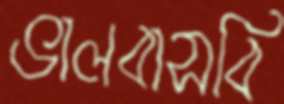
ভালবাসবি